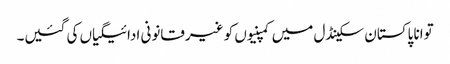
توانا پاکستان سکینڈل میں کمپنیوں کو غیرقانونی ادائیگیاں کی گئیں۔